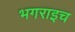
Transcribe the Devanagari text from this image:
भगराइच